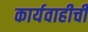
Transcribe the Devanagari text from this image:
कार्यवाहीची